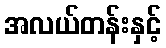
အလယ်တန်းနှင့်